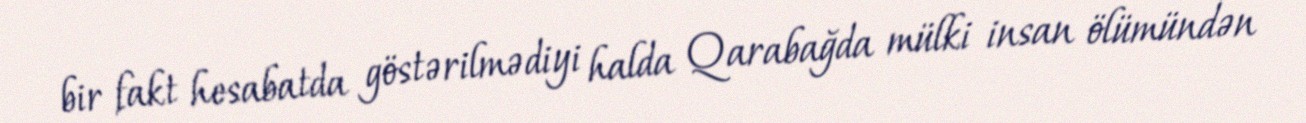
bir fakt hesabatda göstərilmədiyi halda Qarabağda mülki insan ölümündən